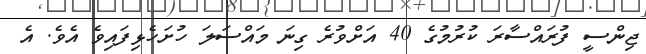
ޖިންސީ ފުރައްސާރަ ކުރުމުގެ 40 އަށްވުރެ ގިނަ މައްސަލަ ހުށަހެޅިފައިވެ އެވެ. އެ